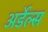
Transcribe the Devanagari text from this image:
अर्डेल्स